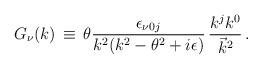
LaTeX: \begin{align*}G_{\nu}(k)\,\equiv \, \theta \frac{\epsilon_{\nu 0 j}}{k^{2} (k^{2} - \theta^{2} + i\epsilon)}\, \frac{k^{j} k^{0}}{{\vec{k}}^{2}}\,.\end{align*}